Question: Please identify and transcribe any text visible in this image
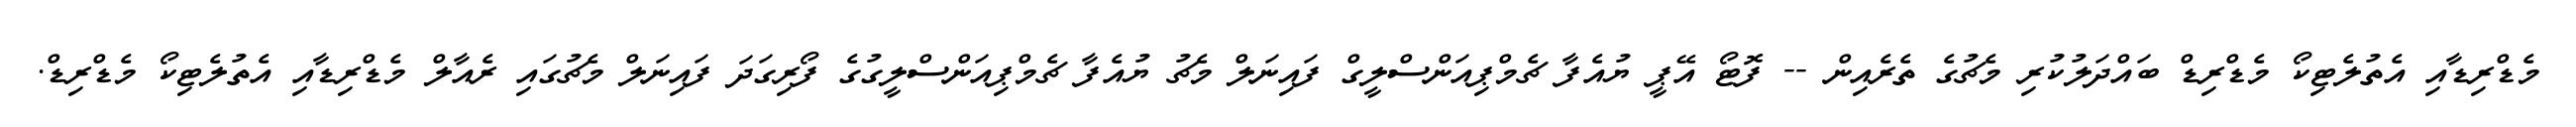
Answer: މެޑްރިޑާއި އެތުލެޓިކޯ މެޑްރިޑް ބައްދަލުކުރި މެޗުގެ ތެރެއިން -- ފޮޓޯ އޭޕީ ޔުއެފާ ޗެމްޕިއަންސްލީގް ފައިނަލް މެޗު ޔުއެފާ ޗެމްޕިއަންސްލީގުގެ ފޯރިގަދަ ފައިނަލް މެޗުގައި ރެއާލް މެޑްރިޑާއި އެތުލެޓިކޯ މެޑްރިޑް.